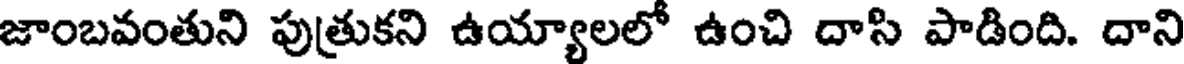
జాంబవంతుని పుత్రుకని ఉయ్యాలలో ఉంచి దాసి పాడింది. దాని